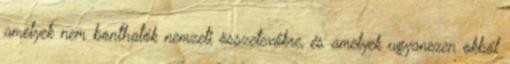
amelyek nem bonthatók nemzeti összetevőkre, és amelyek ugyanezen okból